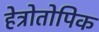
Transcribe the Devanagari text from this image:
हेत्रोतोपिक